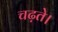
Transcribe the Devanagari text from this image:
चढ़ते।